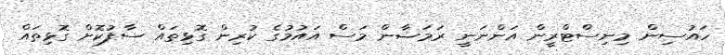
ހައުސިން މިނިސްޓްރީން އަންނަނީ ރަމަޟާން މަސް އައުމުގެ ކުރިން ގޮޅިތައް ސާފުކޮށް ގޮޅިތައް